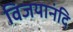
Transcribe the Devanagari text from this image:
विजयानंदि